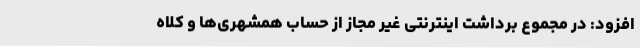
افزود: در مجموع برداشت اینترنتی غیر مجاز از حساب همشهری‌ها و کلاه